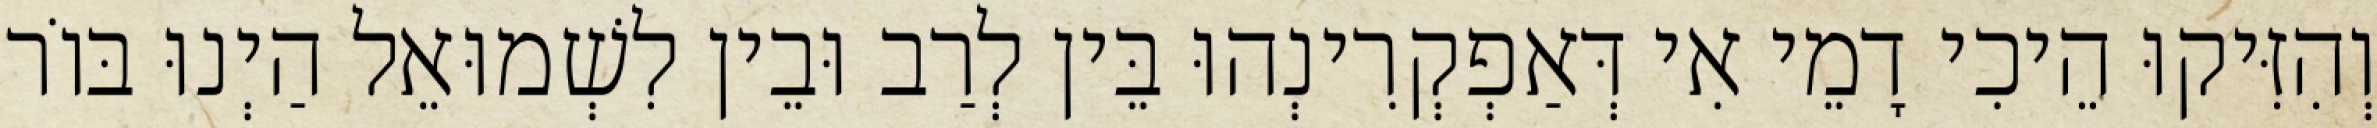
וְהִזִּיקוּ הֵיכִי דָמֵי אִי דְּאַפְקְרִינְהוּ בֵּין לְרַב וּבֵין לִשְׁמוּאֵל הַיְנוּ בּוֹר